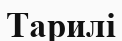
Тарилі